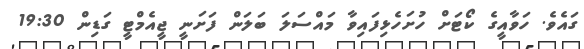
ގައެވެ. ހަވާއީގެ ކޯޓަށް ހުށަހެޅިފައިވާ މައްސަލަ ބަލަން ފަށަނީ ޖީއެމްޓީ ގަޑިން 19:30